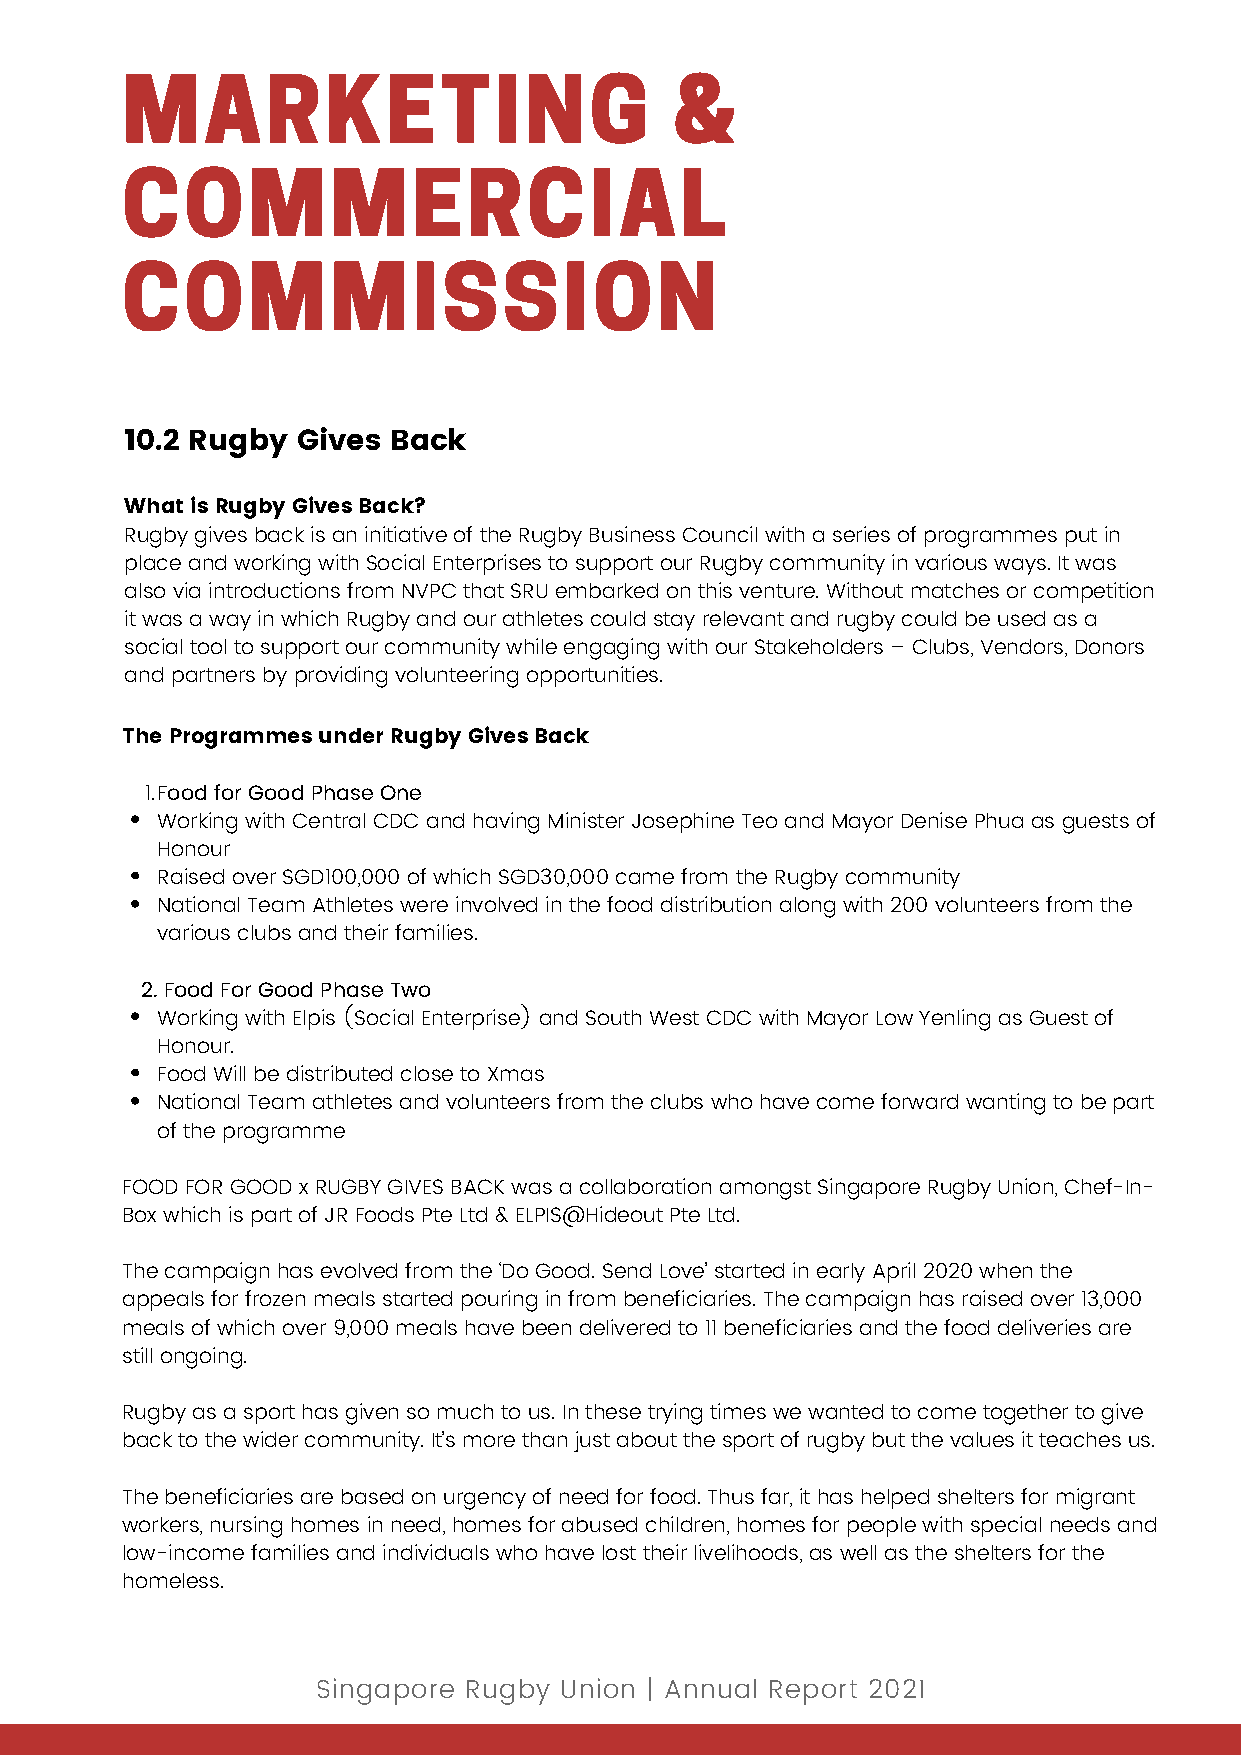
MARKETING                            &
 COMMERCIAL
 COMMISSION
 10.2 Rugby  Gives Back
 What is Rugby Gives Back?
 Rugby gives back is an initiative of the Rugby Business Council with a series of programmes put in
 place and working with Social Enterprises to support our Rugby community in various ways. It was
 also via introductions from NVPC that SRU embarked on this venture. Without matches or competition
 it was a way in which Rugby and our athletes could stay relevant and rugby could be used as a
 social tool to support our community while engaging with our Stakeholders – Clubs, Vendors, Donors
 and partners by providing volunteering opportunities.
 The Programmes under Rugby Gives Back
 1.Food for Good Phase One
 Working with Central CDC and having Minister Josephine Teo and Mayor Denise Phua as guests of
 Honour
 Raised over SGD100,000 of which SGD30,000 came from the Rugby community
 National Team Athletes were involved in the food distribution along with 200 volunteers from the
 various clubs and their families.
 2. Food For Good Phase Two
 Working with Elpis (Social Enterprise) and South West CDC with Mayor Low Yenling as Guest of
 Honour.
 Food Will be distributed close to Xmas
 National Team athletes and volunteers from the clubs who have come forward wanting to be part
 of the programme
 FOOD FOR GOOD x RUGBY GIVES BACK was a collaboration amongst Singapore Rugby Union, Chef-In-
 Box which is part of JR Foods Pte Ltd & ELPIS@Hideout Pte Ltd.
 The campaign has evolved from the ‘Do Good. Send Love’ started in early April 2020 when the
 appeals for frozen meals started pouring in from beneficiaries. The campaign has raised over 13,000
 meals of which over 9,000 meals have been delivered to 11 beneficiaries and the food deliveries are
 still ongoing.
 Rugby as a sport has given so much to us. In these trying times we wanted to come together to give
 back to the wider community. It’s more than just about the sport of rugby but the values it teaches us.
 The beneficiaries are based on urgency of need for food. Thus far, it has helped shelters for migrant
 workers, nursing homes in need, homes for abused children, homes for people with special needs and
 low-income families and individuals who have lost their livelihoods, as well as the shelters for the
 homeless.
 Singapore Rugby Union | Annual Report 2021